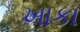
ખાકા